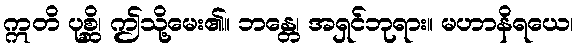
ဣတိ ပုစ္ဆိ၊ ဤသို့မေး၏။ ဘန္တေ၊ အရှင်ဘုရား။ မဟာနိရယေ၊